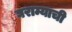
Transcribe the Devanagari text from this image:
घराम्याची